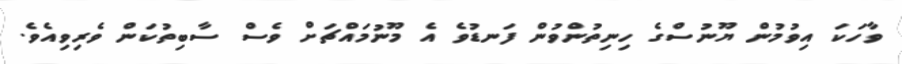
ވާހަކަ އިވުމުން ޔޫނުސްގެ ހިނިތުންވުން ފަނޑުވެ އެ މޫނުމައްޗަށް ވެސް ސާބިތުކަން ވެރިވިއެވެ.